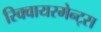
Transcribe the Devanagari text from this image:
रिक्वायरमेन्ट्स